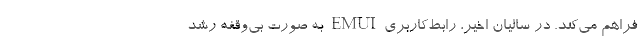
فراهم می‌کند. در سالیان اخیر، رابط‌کاربری EMUI به صورت بی‌وقفه رشد